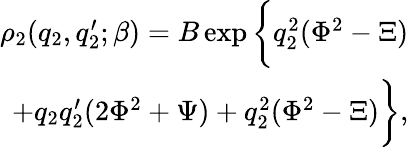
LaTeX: \begin{array}{r}{\rho_{2}(q_{2},q_{2}^{\prime};\beta)=B\exp\bigg\{ q_{2}^{2}(\Phi^{2}-\Xi)}\\ {+q_{2}q_{2}^{\prime}(2\Phi^{2}+\Psi)+q_{2}^{2}(\Phi^{2}-\Xi)\bigg\} ,}\end{array}